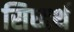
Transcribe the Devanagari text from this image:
सिध्दर्थ